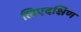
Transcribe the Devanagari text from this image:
लिएदक्षिण